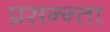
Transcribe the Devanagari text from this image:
प्रसन्न्ता